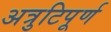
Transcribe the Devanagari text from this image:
अत्रुटिपूर्ण